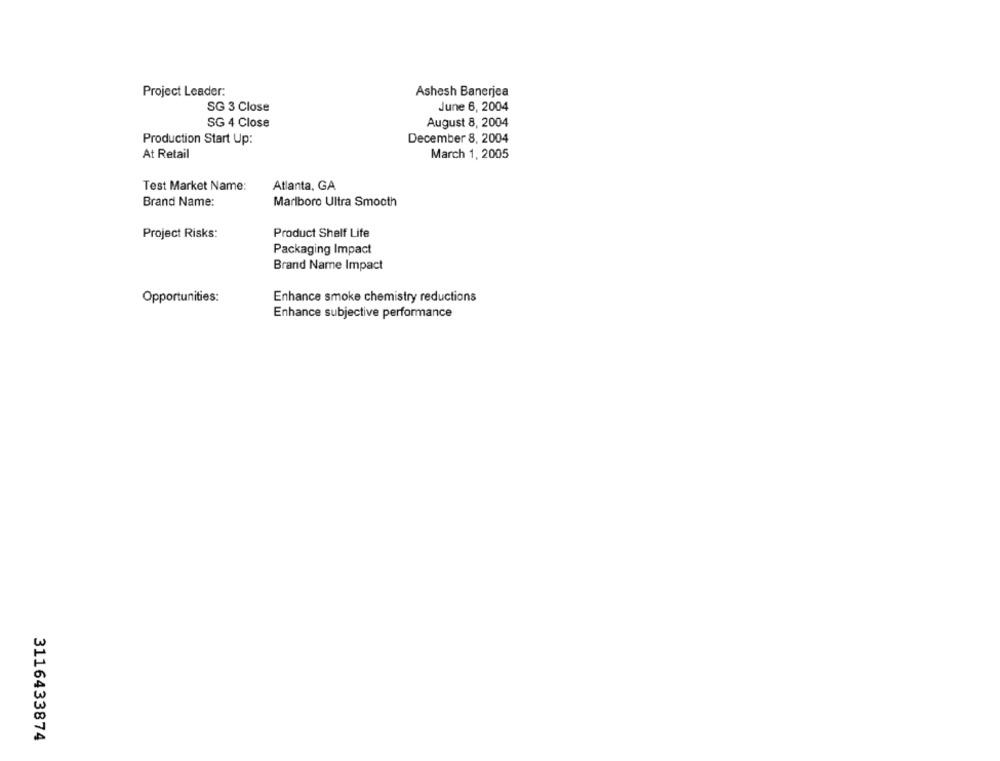
Project Leader:
Ashesh Banerjea
SG 3 Close
June 6, 2004
August 8, 2004
SG 4 Close
Production Start Up:
December 8, 2004
At Retail
March 1, 2005
Test Market Name:
Atlanta, GA
Brand Name:
Marlboro Ultra Smooth
Project Risks:
Product Shelf Life
Packaging Impact
Brand Name Impact
Opportunities:
Enhance smoke chemistry reductions
Enhance subjective performance
3116433874